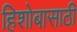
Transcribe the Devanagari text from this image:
हिशोबासाठी